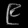
Digit: ၉